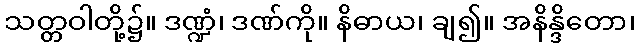
သတ္တဝါတို့၌။ ဒဏ္ဍံ၊ ဒဏ်ကို။ နိဓာယ၊ ချ၍။ အနိန္ဒိတော၊